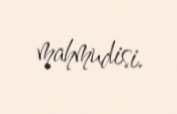
mahmudisi.